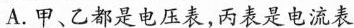
A.甲、乙都是电压表，丙表是电流表